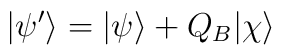
| \psi'\rangle = |\psi\rangle + Q_B |\chi\rangle